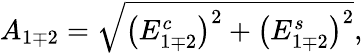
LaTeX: A_{1\mp 2}=\sqrt{\left(E_{1\mp 2}^{c}\right)^{2}+\left(E_{1\mp 2}^{s}\right)^{2}},